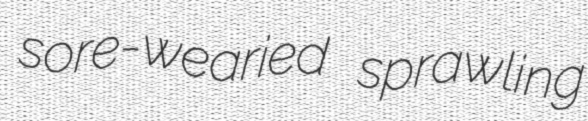
sore-wearied sprawling